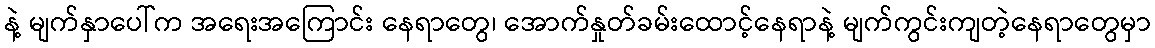
နဲ့ မျက်နှာပေါ်က အရေးအကြောင်း နေရာတွေ၊ အောက်နှုတ်ခမ်းထောင့်နေရာနဲ့ မျက်ကွင်းကျတဲ့နေရာတွေမှာ